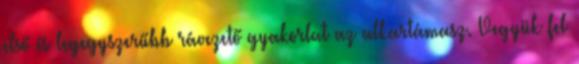
első és legegyszerűbb rávezető gyakorlat az alkartámasz. Vegyük fel